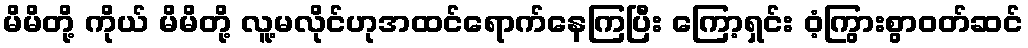
မိမိတို့ ကိုယ် မိမိတို့ လူ့မလိုင်ဟုအထင်ရောက်နေကြပြီး ကြော့ရှင်း ဝံ့ကြွားစွာဝတ်ဆင်